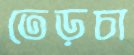
তেড়চা